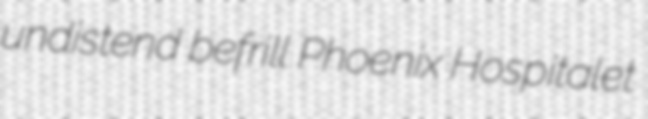
undistend befrill Phoenix Hospitalet